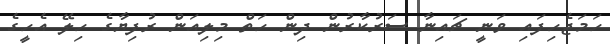
ހަމަޖެހިފައި ވަނީ ޗައިނާ ސަރުކާރުން ދިން ހަތް މިލިއަން ރުފިޔާގެ ހިލޭ އެހީގެ